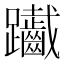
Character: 𨈄